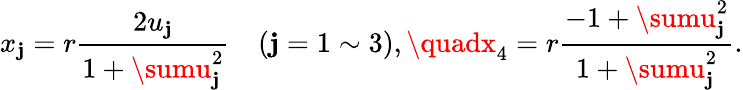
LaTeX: x_{\mathbf{j}}=r\frac{{2u_{\mathbf{j}}}}{{1+\sumu_{\mathbf{j}}^{2}}}\quad(\mathbf{j}=1\sim3),\quadx_{4}=r\frac{{-1+\sumu_{\mathbf{j}}^{2}}}{{1+\sumu_{\mathbf{j}}^{2}}}.